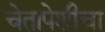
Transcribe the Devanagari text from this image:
चेतापेशीचा